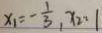
x _ { 1 } = - \frac { 1 } { 3 } , x _ { 2 } = 1